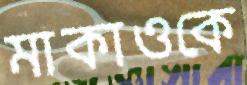
মাকাওকে